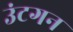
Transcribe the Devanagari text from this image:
उंटगन